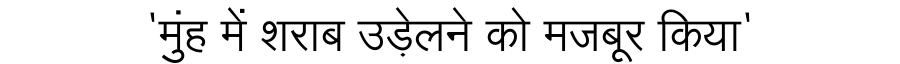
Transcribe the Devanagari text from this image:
'मुंह में शराब उड़ेलने को मजबूर किया'